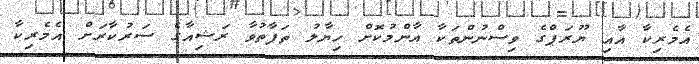
އެމެރިކާ އާއި ޔޫރަޕްގެ ވިސްނުންތަކާ އާންމުކޮށް ހިޔާލު ތަފާތުވާ ރަޝިއާގެ ސަރުކާރަށް އެމެރިކާ